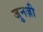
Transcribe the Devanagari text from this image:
जुनज़ी